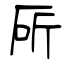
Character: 厛